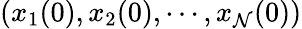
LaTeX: (x_{1}(0),x_{2}(0),\cdots,x_{\mathcal{N}}(0))